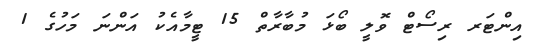
އިންޓަރ ރިސޯޓް ވޮލީ ބޯޅަ މުބާރާތް 15 ޓީމާއެކު އަންނަ މަހުގެ 1